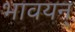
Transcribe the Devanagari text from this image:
भावयन्